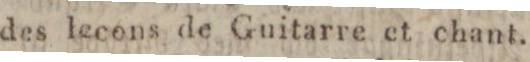
des lecons de Guitarre et chant.